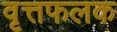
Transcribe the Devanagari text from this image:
वृत्तफलक